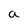
Character: a